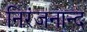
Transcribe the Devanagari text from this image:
निरंजनान्द